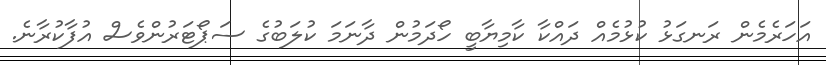
އަހަރެމެން ރަނގަޅު ކުޅުމެއް ދައްކާ ކާމިޔާބީ ހޯދަމުން ދާނަމަ ކުލަބުގެ ސަޕޯޓަރުންވެސް އުފާކުރާނެ.